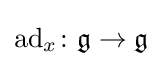
\operatorname {ad} _{x}\colon {\mathfrak {g}}\to {\mathfrak {g}}